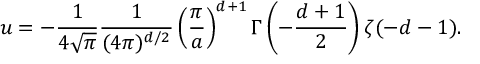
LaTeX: u = - { \frac { 1 } { 4 \sqrt \pi } } { \frac { 1 } { ( 4 \pi ) ^ { d / 2 } } } \left( { \frac { \pi } { a } } \right) ^ { d + 1 } \Gamma \left( - { \frac { d + 1 } { 2 } } \right) \zeta ( - d - 1 ) .